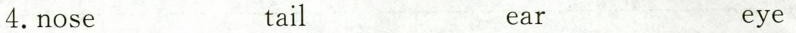
4.nose tail ear eye